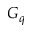
G _ { q }